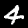
Digit: 4